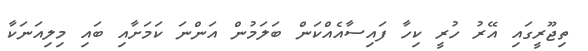
ތިޖޫރީގައި އޭރު ހުރީ ކިހާ ފައިސާއެއްކަން ބަލަމުން އަންނަ ކަމަށާއި ބައި މިލިއަނަކާ